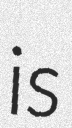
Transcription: is